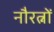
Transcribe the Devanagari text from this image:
नौरत्नों